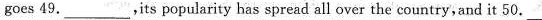
goes 49.___, its popularity has spread all over the country,and it 50. ___